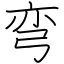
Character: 弯